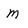
Character: m